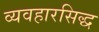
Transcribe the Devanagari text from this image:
व्यवहारसिद्ध